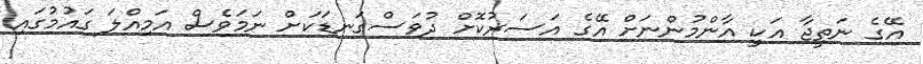
އޭގެ ނަތީޖާ އަކީ އާންމުންނަށް އޭގެ އަސަރުކޮށް ދުވަސްގަނޑަކަށް ނަމަވެސް އަމިއްލަ ގައުމުގައި